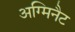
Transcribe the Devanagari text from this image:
अग्मिनैट